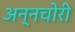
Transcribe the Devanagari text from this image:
अन्नचोरी